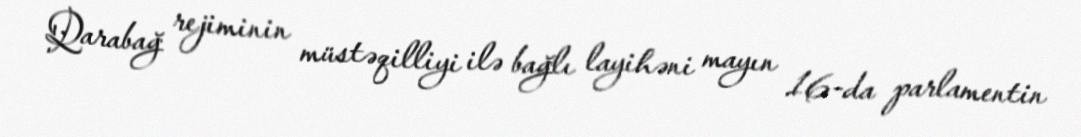
Qarabağ rejiminin müstəqilliyi ilə bağlı layihəni mayın 16-da parlamentin